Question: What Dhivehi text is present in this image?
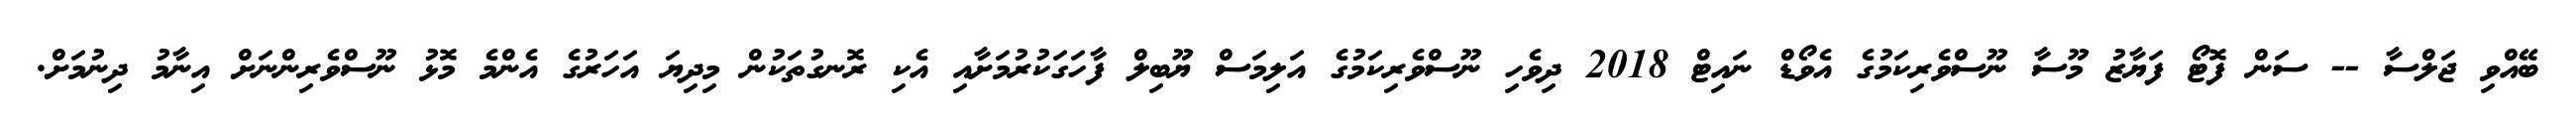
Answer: ބޭއްވި ޖަލްސާ -- ސަން ފޮޓޯ ފަޔާޒު މޫސާ ނޫސްވެރިކަމުގެ އެވޯޑް ނައިޓް 2018 ދިވެހި ނޫސްވެރިކަމުގެ އަލިމަސް ޔޫބިލް ފާހަގަކުރުމަށާއި އެކި ރޮނގުތަކުން މިދިޔަ އަހަރުގެ އެންމެ މޮޅު ނޫސްވެރިންނަށް އިނާމު ދިނުމަށް.